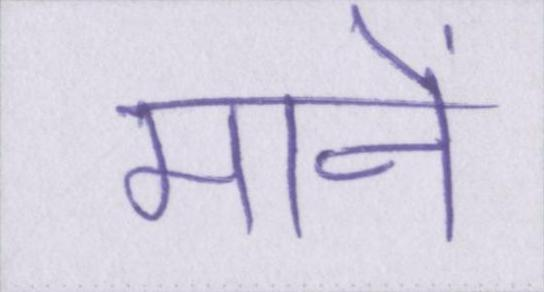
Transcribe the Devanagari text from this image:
मानें